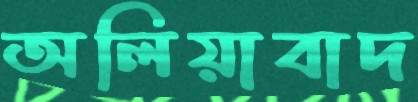
অলিয়াবাদ